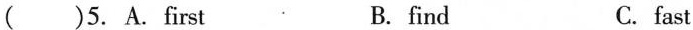
( )5. A.First B.find C. fast